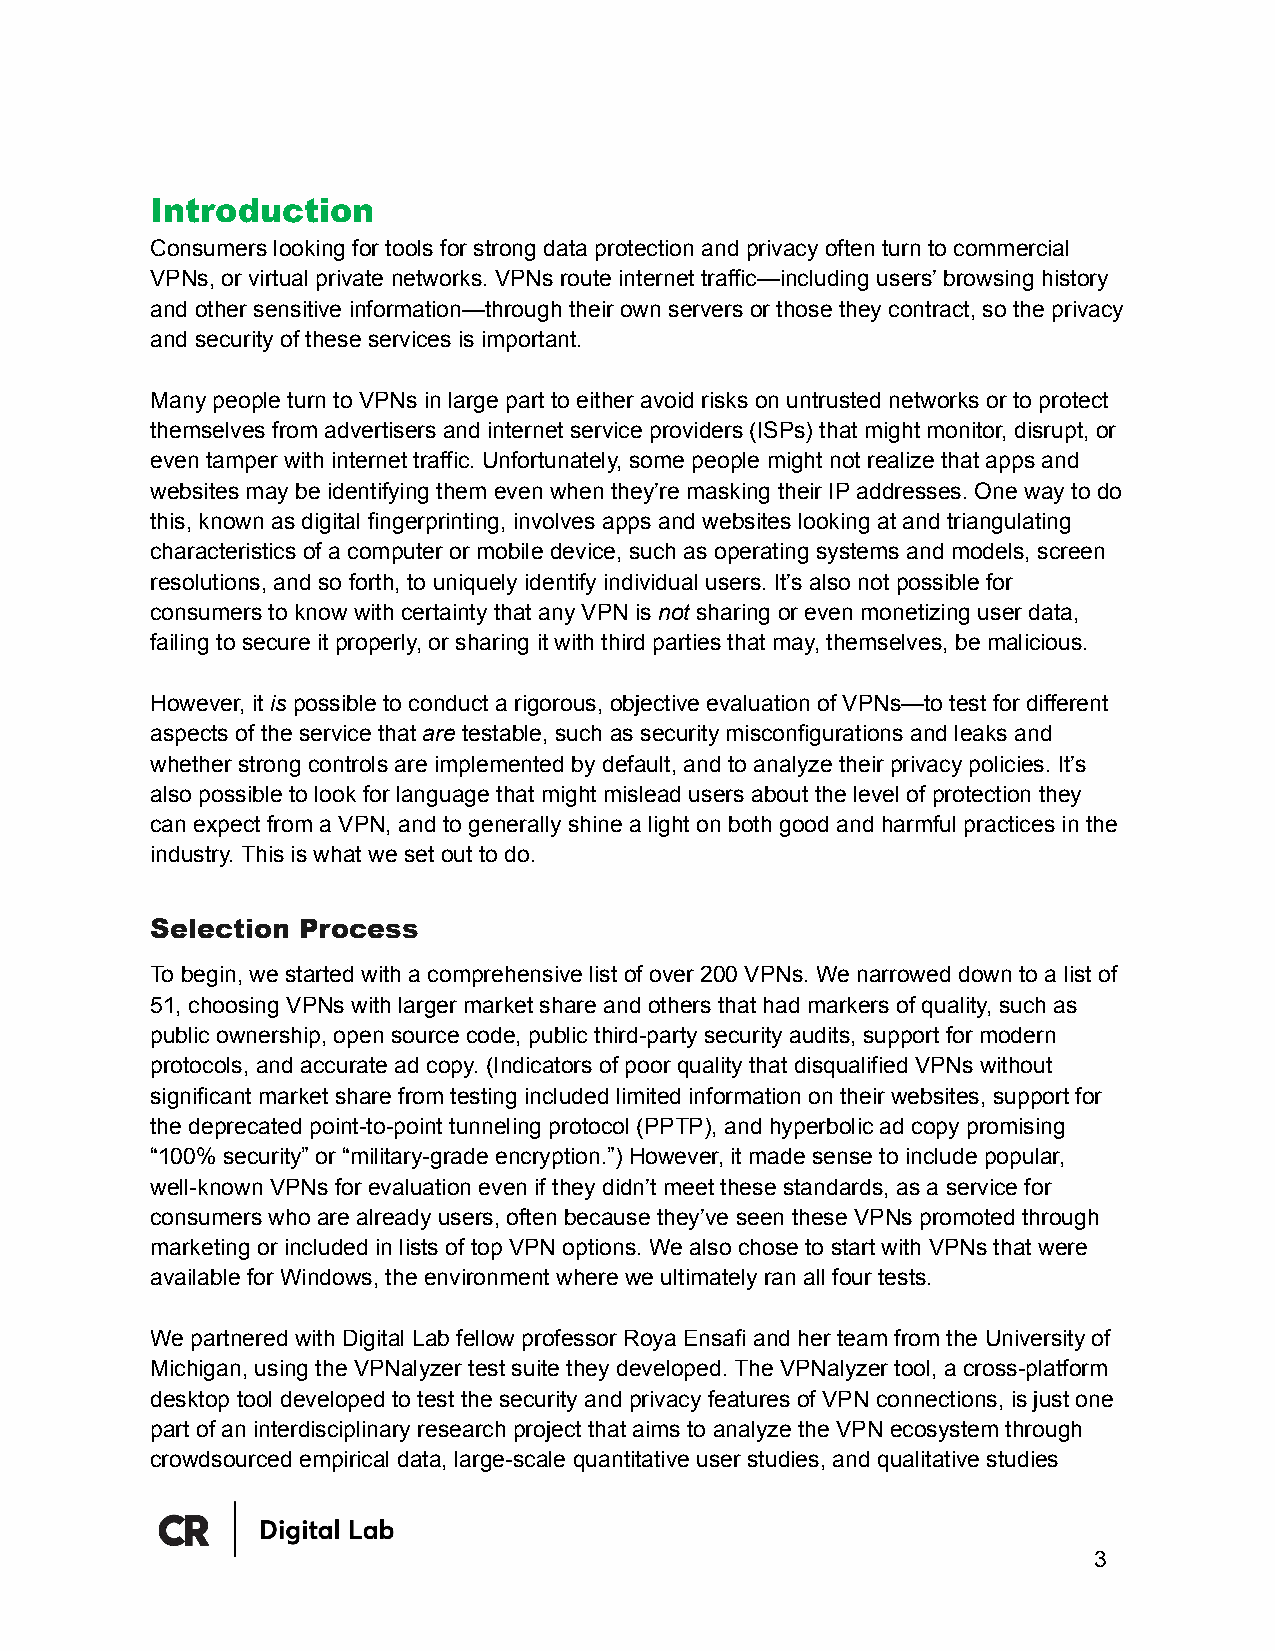
Introduction
 Consumers looking for tools for strong data protection and privacy often turn to commercial
 VPNs, or virtual private networks. VPNs route internet traffic—including users’ browsing history
 and other sensitive information—through their own servers or those they contract, so the privacy
 and security of these services is important.
 Many people turn to VPNs in large part to either avoid risks on untrusted networks or to protect
 themselves from advertisers and internet service providers (ISPs) that might monitor, disrupt, or
 even tamper with internet traffic. Unfortunately, some people might not realize that apps and
 websites may be identifying them even when they’re masking their IP addresses. One way to do
 this, known as digital fingerprinting, involves apps and websites looking at and triangulating
 characteristics of a computer or mobile device, such as operating systems and models, screen
 resolutions, and so forth, to uniquely identify individual users. It’s also not possible for
 consumers to know with certainty that any VPN is not sharing or even monetizing user data,
 failing to secure it properly, or sharing it with third parties that may, themselves, be malicious.
 However, it is possible to conduct a rigorous, objective evaluation of VPNs—to test for different
 aspects of the service that are testable, such as security misconfigurations and leaks and
 whether strong controls are implemented by default, and to analyze their privacy policies. It’s
 also possible to look for language that might mislead users about the level of protection they
 can expect from a VPN, and to generally shine a light on both good and harmful practices in the
 industry. This is what we set out to do.
 Selection Process
 To begin, we started with a comprehensive list of over 200 VPNs. We narrowed down to a list of
 51, choosing VPNs with larger market share and others that had markers of quality, such as
 public ownership, open source code, public third-party security audits, support for modern
 protocols, and accurate ad copy. (Indicators of poor quality that disqualified VPNs without
 significant market share from testing included limited information on their websites, support for
 the deprecated point-to-point tunneling protocol (PPTP), and hyperbolic ad copy promising
 “100% security” or “military-grade encryption.”) However, it made sense to include popular,
 well-known VPNs for evaluation even if they didn’t meet these standards, as a service for
 consumers who are already users, often because they’ve seen these VPNs promoted through
 marketing or included in lists of top VPN options. We also chose to start with VPNs that were
 available for Windows, the environment where we ultimately ran all four tests.
 We partnered with Digital Lab fellow professor Roya Ensafi and her team from the University of
 Michigan, using the VPNalyzer test suite they developed. The VPNalyzer tool, a cross-platform
 desktop tool developed to test the security and privacy features of VPN connections, is just one
 part of an interdisciplinary research project that aims to analyze the VPN ecosystem through
 crowdsourced empirical data, large-scale quantitative user studies, and qualitative studies
 3